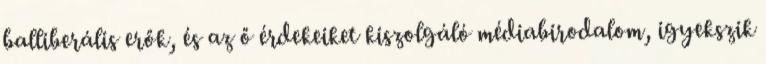
balliberális erők, és az ő érdekeiket kiszolgáló médiabirodalom, igyekszik